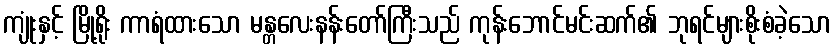
ကျုံးနှင့် မြို့ရိုး ကာရံထားသော မန္တလေးနန်းတော်ကြီးသည် ကုန်းဘောင်မင်းဆက်၏ ဘုရင်များစိုးစံခဲ့သော